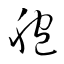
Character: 胞